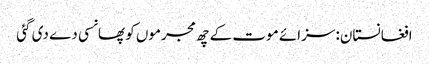
افغانستان: سزائے موت کے چھ مجرموں کو پھانسی دے دی گئی